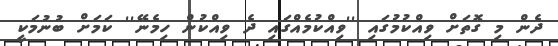
ދެން މި ގޮތަށް ވިއްކުމުގައި ''ވިއްކުމެއްގައި ދެ ވިއްކުން ހިމެނޭ'' ކަމަށް ބުނުމަކީ